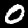
Label: 0